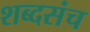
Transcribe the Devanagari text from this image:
शब्दसंच